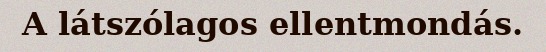
A látszólagos ellentmondás.